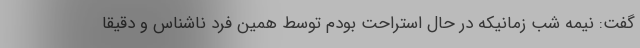
گفت: نیمه شب زمانیکه در حال استراحت بودم توسط همین فرد ناشناس و دقیقا